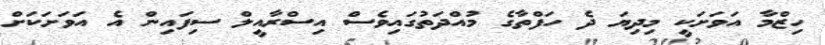
ހިޒްމާ އަވަށަކީ މިދިޔަ ދެ ހަފްތާގެ މުއްދަތުގައިވެސް އިސްރާއީލް ސިފައިން އެ އަވަށަކަށް